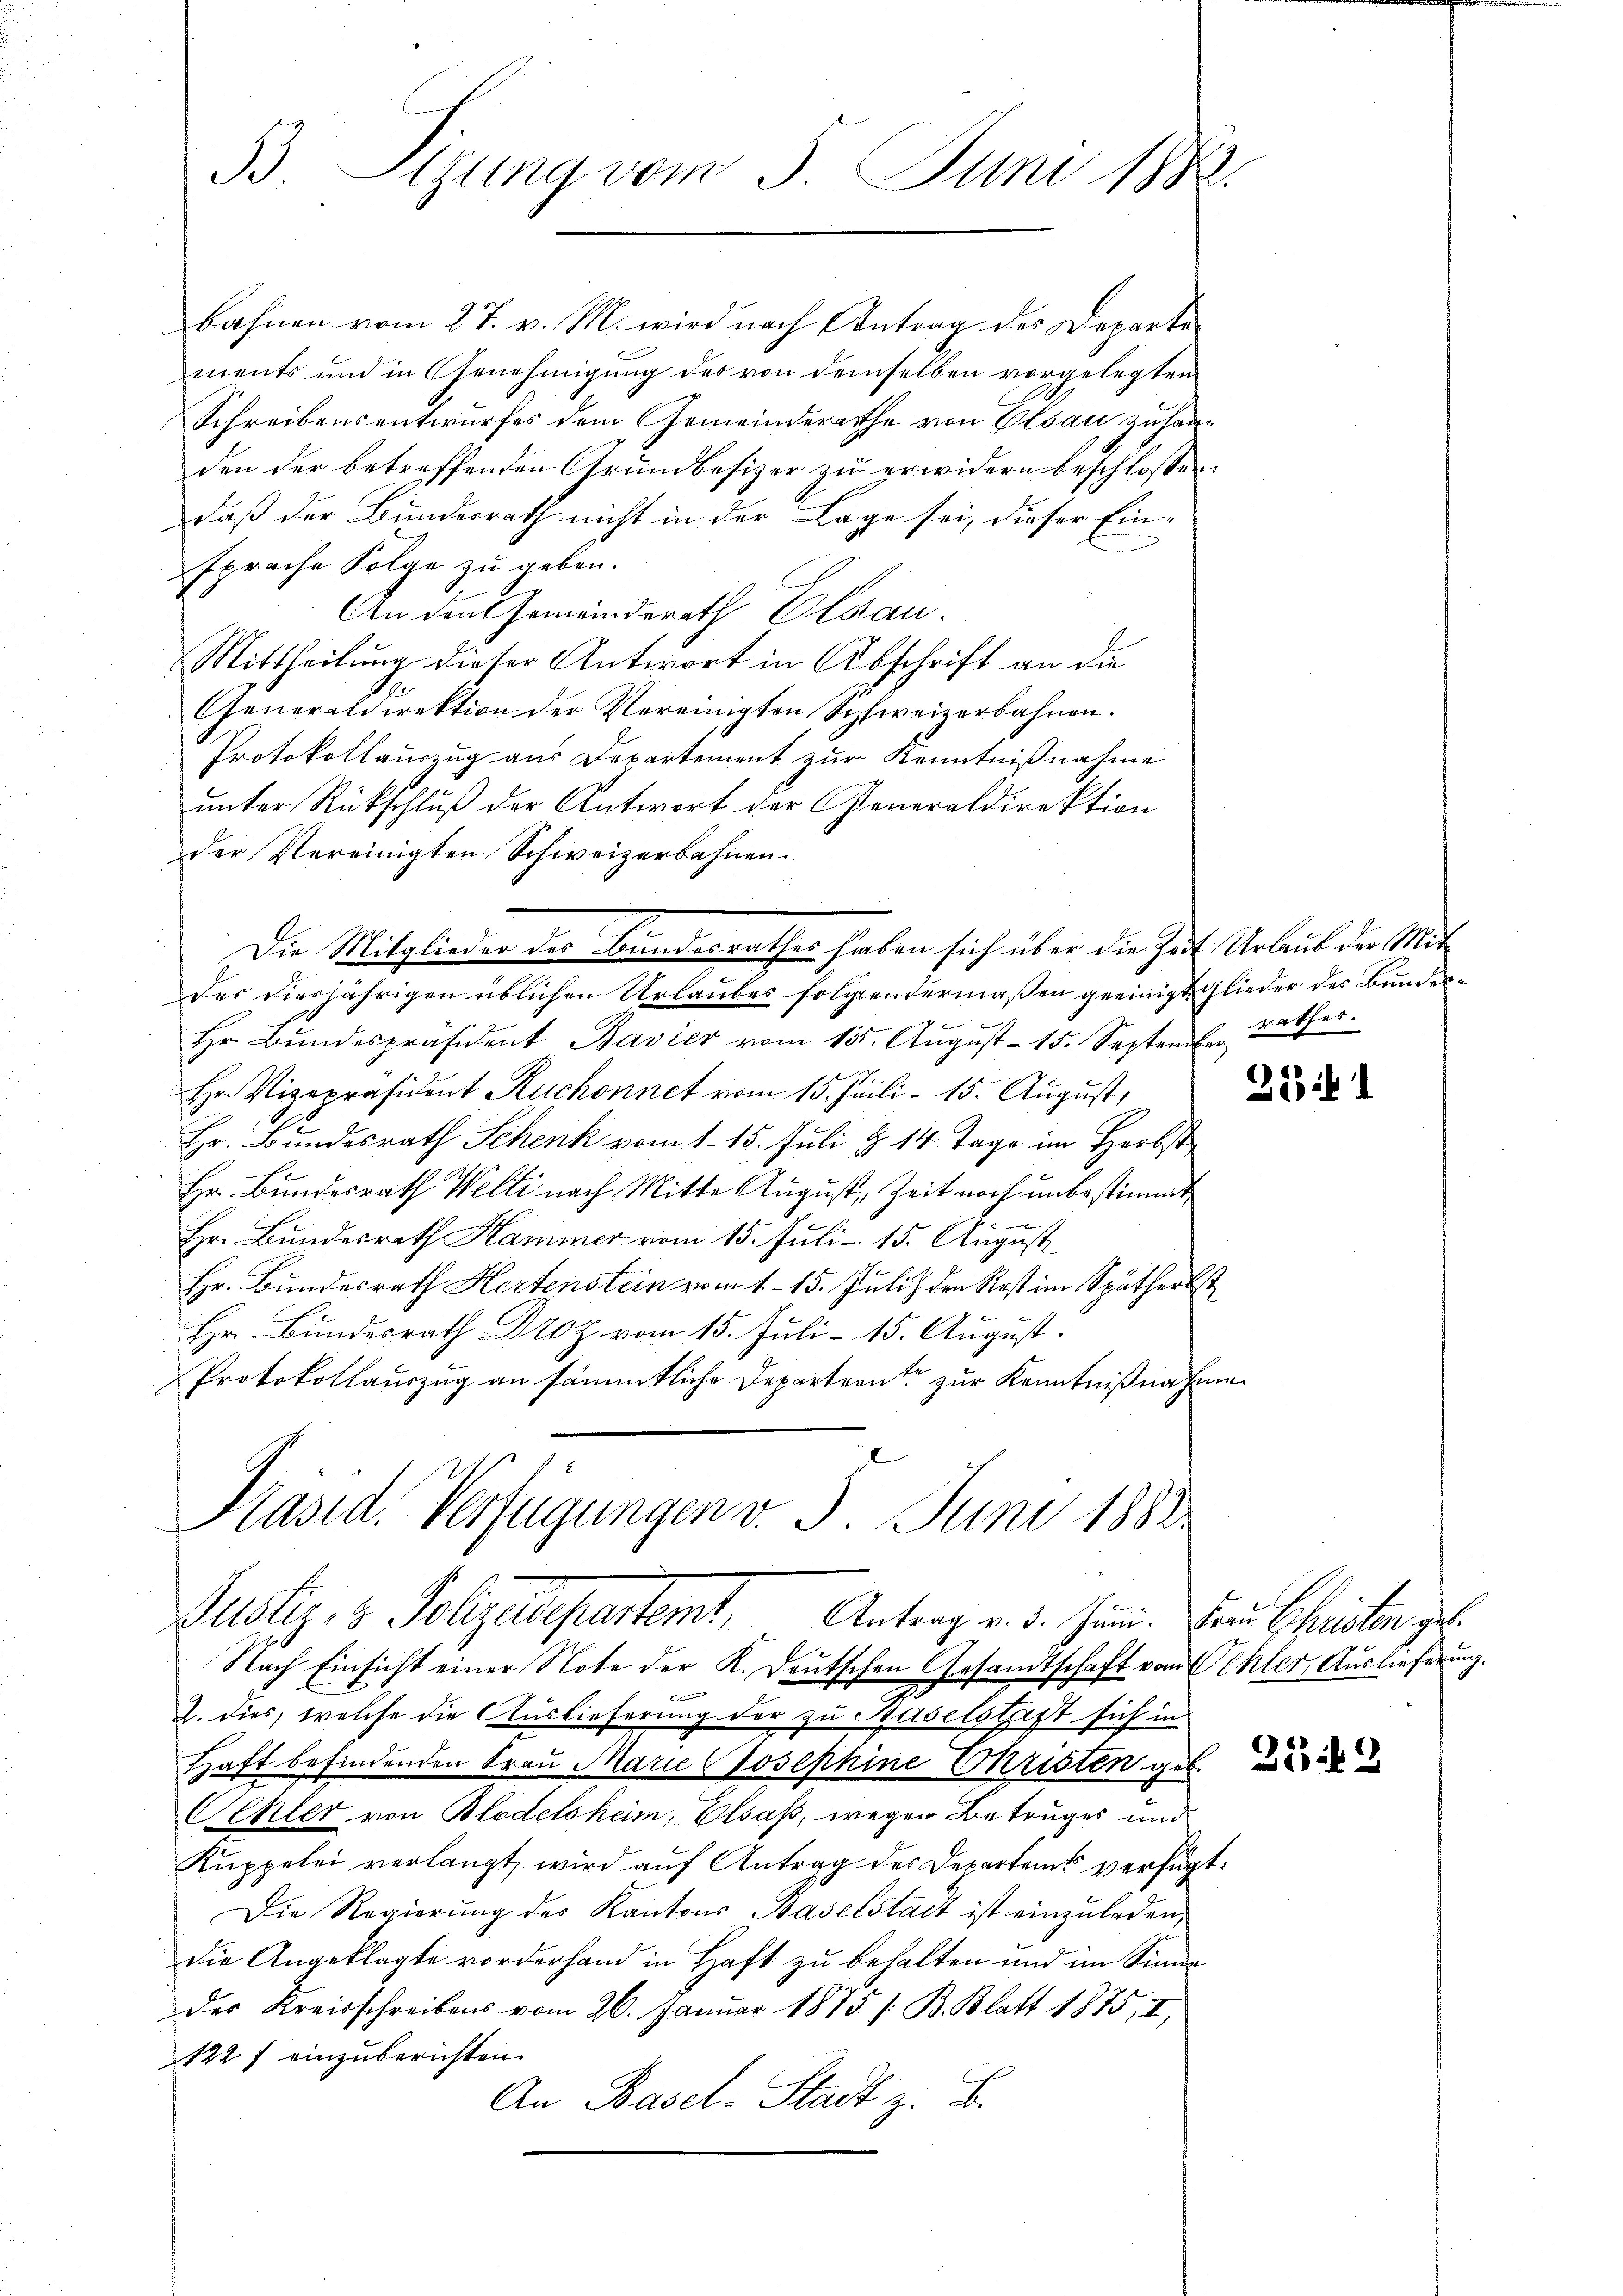
33. Eigung vom 3. Juni 1882.

bahnen vom 27. v. M. wird nach Antrag des Departements und in Genehmigung des von demselben vorgelegten
Schreibensentwurfes dem Gemeinderathe von Elsau zu handen der betreffenden Grundbesizer zu erwidern beschlossen:
daß der Bundesrath nicht in der Lage sei, dieser Einsprache Folge zu geben.
An den Gemeinderath Elsau.
Mittheilung dieser Antwort in Abschrift an die
Generaldirektion der Vereinigten Schweizerbahnen.
Protokollauszug aus Departement zur Kenntnißnahme
unter Rückschluß der Antwort der Generaldirektion
der Vereinigten Schweizerbahnen.
Die Mitglieder des Bundesrathes haben sich über die Zeit Urlaub der Mit¬
Der diesjährigen üblichen Urlaubes folgendermaßen geeinigt Glieder des Bundes¬
Hr. Bundespräsident Bavier vom 15. August 15. September väter
1
Hr. Vizepräsident Ruchonnet vom 13. Juli - 15. August,
Hr. Bundesrath Schenk vom 1. 15. Juli § 14 Tage im Herbstg
Hr. Bundesrath Welti nach Mitte August, Zeit noch unbestimmt
Hr. Bundesrath Hammer vom 15. Juli - 15. August
Hr. Bundesrath Hertenstein vom 1. 15. Juli den Rost im Spätherbst
Hr. Bundesrath Droz vom 15. Juli - 15. August.
Protokollauszug an sämmtliche Departernte zur Kenntnißnahme
Präsid. Verfügungen v. 5. Juni 1882

Justiz- & Pollgadepartemt. Antrag v. 5. Juni. Der Christer ge

Nach Einsicht einer Note der K. Deutschen Gesandtschaft vom Ehler, Auslieferung.
J. dies, welche die Auslieferung der zu Haselstift sich in
Haft befindenden Frau Marie Josephine Christen geb.
Oehler von Blodelsheim, Elsaß, wegen Betruges und
Kuppelei verlangt, wird auf Antrag des Departems verfügt:
Die Regierŭng der Kantons Baselstadt ist einzŭladen,
die Angeklagte vorderhand in Haft zu behalten und im Sinne
des Kreisschreibens vom 26. Januar 1873 /: B. Blatt 1875, II,
122 f einzuberichten.
An Basel-Stadt z. B.

324